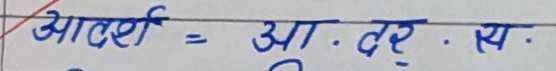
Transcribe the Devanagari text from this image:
आदर्श = आ . द्र . स् .